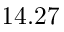
1 4 . 2 7